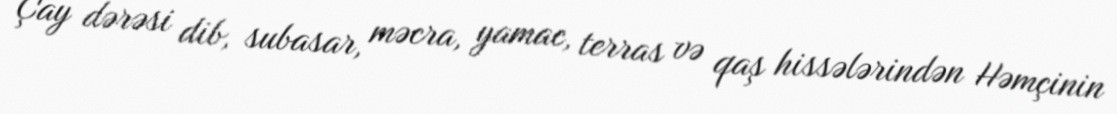
Çay dərəsi dib, subasar, məcra, yamac, terras və qaş hissələrindən Həmçinin